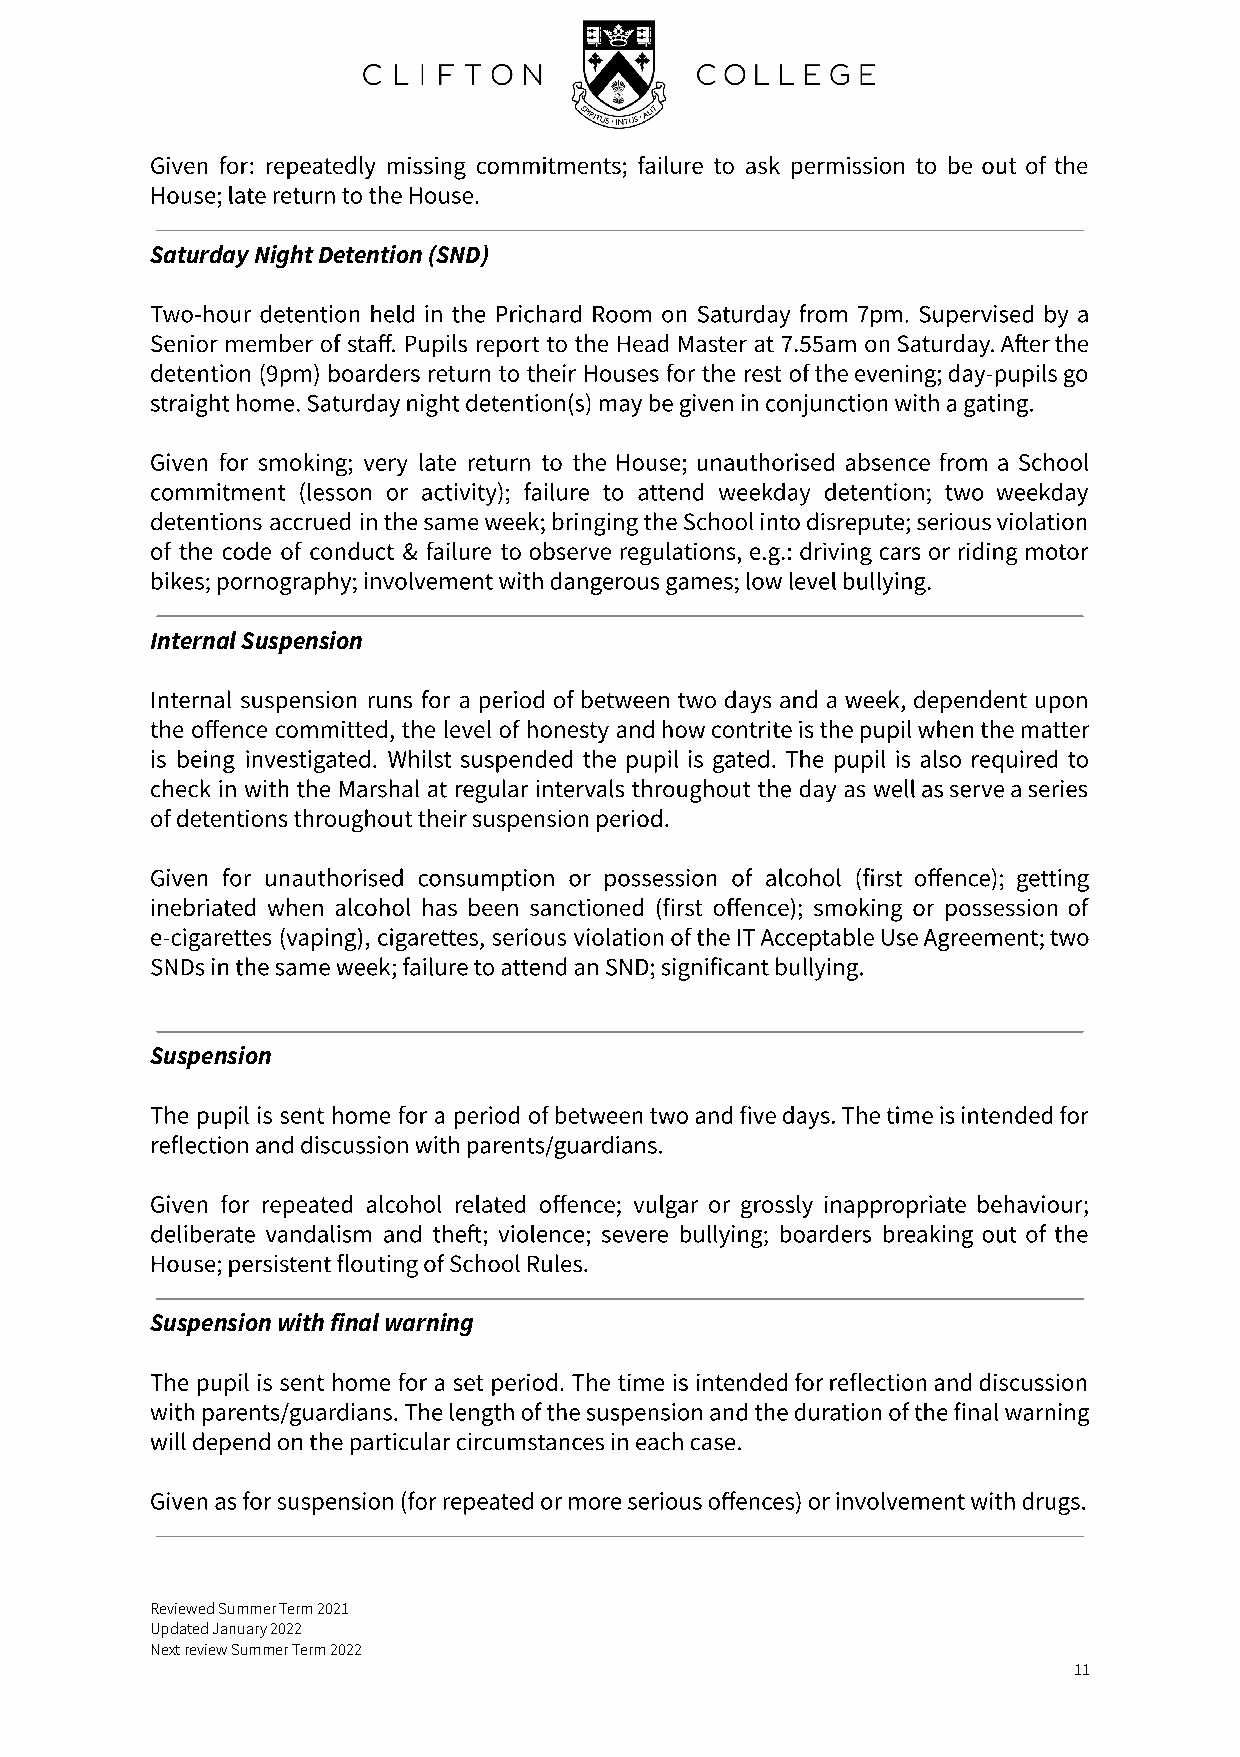
Given for: repeatedly missing commitments; failure to ask permission to be out of the
 House; late return to the House.
 Saturday Night Detention (SND)
 Two-hour detention held in the Prichard Room on Saturday from 7pm. Supervised by a
 Senior member of staff. Pupils report to the Head Master at 7.55am on Saturday. Aer the
 detention (9pm) boarders return to their Houses for the rest of the evening; day-pupils go
 straight home. Saturday night detention(s) may be given in conjunction with a gating.
 Given for smoking; very late return to the House; unauthorised absence from a School
 commitment (lesson or activity); failure to attend weekday detention; two weekday
 detentions accrued in the same week; bringing the School into disrepute; serious violation
 of the code of conduct & failure to observe regulations, e.g.: driving cars or riding motor
 bikes; pornography; involvement with dangerous games; low level bullying.
 Internal Suspension
 Internal suspension runs for a period of between two days and a week, dependent upon
 the offence committed, the level of honesty and how contrite is the pupil when the matter
 is being investigated. Whilst suspended the pupil is gated. The pupil is also required to
 check in with the Marshal at regular intervals throughout the day as well as serve a series
 of detentions throughout their suspension period.
 Given for unauthorised consumption or possession of alcohol (first offence); getting
 inebriated when alcohol has been sanctioned (first offence); smoking or possession of
 e-cigarettes (vaping), cigarettes, serious violation of the IT Acceptable Use Agreement; two
 SNDs in the same week; failure to attend an SND; significant bullying.
 Suspension
 The pupil is sent home for a period of between two and five days. The time is intended for
 reflection and discussion with parents/guardians.
 Given for repeated alcohol related offence; vulgar or grossly inappropriate behaviour;
 deliberate vandalism and the; violence; severe bullying; boarders breaking out of the
 House; persistent flouting of School Rules.
 Suspension with final warning
 The pupil is sent home for a set period. The time is intended for reflection and discussion
 with parents/guardians. The length of the suspension and the duration of the final warning
 will depend on the particular circumstances in each case.
 Given as for suspension (for repeated or more serious offences) or involvement with drugs.
 Reviewed Summer Term 2021
 Updated January 2022
 Next review Summer Term 2022
 11